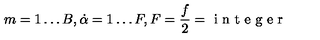
m = 1 \ldots B , \dot { \alpha } = 1 \ldots F , F = \frac { f } { 2 } = \textup { i n t e g e r }